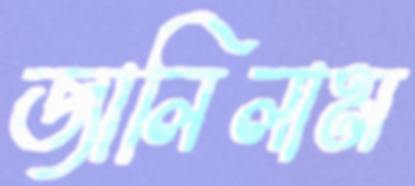
জালিলাম